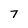
Character: 7